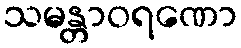
သမန္တာဝရဏော